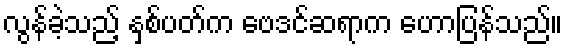
လွန်ခဲ့သည့် နှစ်ပတ်က ဗေဒင်ဆရာက ဟောပြန်သည်။